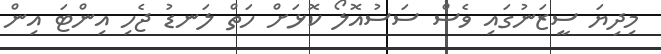
މިދިޔަ ސީޒަނުގައި ވެސް ސަސުއޮލޯ ކޮޅަށް ހަތް ލަނޑު ޖެހި އިންޓަ އިން